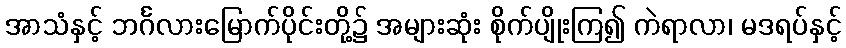
အာသံနှင့် ဘင်္ဂလားမြောက်ပိုင်းတို့၌ အများဆုံး စိုက်ပျိုးကြ၍ ကဲရာလာ၊ မဒရပ်နှင့်